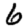
Digit: 6